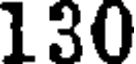
130